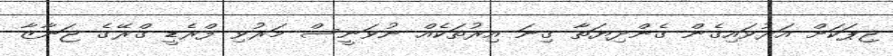
ޖިޕަކަށް އަރުވައިގެން ގެންދިޔަތާ ގިނަ އިރުތަކެއް ނުވަނީސް މަރުވި ފްރެޑީ ގްރޭގެ ޖަނާޒާ